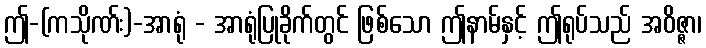
ဤ-(ကသိုဏ်း)-အာရုံ - အာရုံပြုခိုက်တွင် ဖြစ်သော ဤနာမ်နှင့် ဤရုပ်သည် အဝိဇ္ဇာ၊